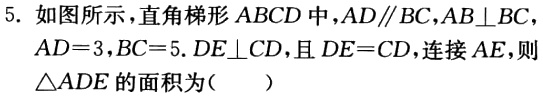
5. 如图所示，直角梯形 \(ABCD\) 中，\(AD\parallel BC\)，\(AB\perp BC\)，\(AD = 3\)，\(BC = 5\)。\(DE\perp CD\)，且 \(DE = CD\)，连接 \(AE\)，则\(\triangle ADE\)的面积为（  ）